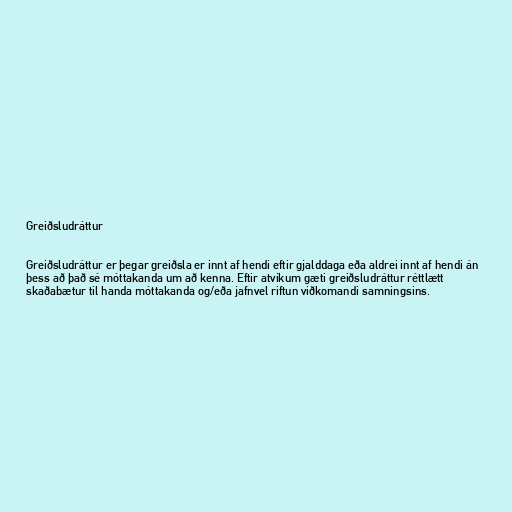
Greiðsludráttur

Greiðsludráttur er þegar greiðsla er innt af hendi eftir gjalddaga eða aldrei innt af hendi án
þess að það sé móttakanda um að kenna. Eftir atvikum gæti greiðsludráttur réttlætt
skaðabætur til handa móttakanda og/eða jafnvel riftun viðkomandi samningsins.